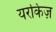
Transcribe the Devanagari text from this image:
यरकिज़